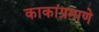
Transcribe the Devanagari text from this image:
काकांप्रमाणे